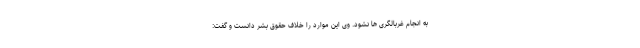
به انجام غربالگری ها نشود. وی این موارد را خلاف حقوق بشر دانست و گفت: